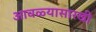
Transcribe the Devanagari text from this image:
आवळ्यासारखी